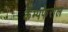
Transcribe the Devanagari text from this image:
कैम्पफेरोल